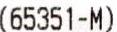
(65351-M)